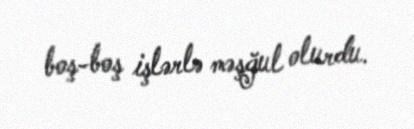
boş-boş işlərlə məşğul olurdu.